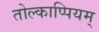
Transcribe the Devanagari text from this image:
तोल्काप्पियम्